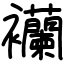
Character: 襽